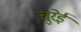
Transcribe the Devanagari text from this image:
चुरेई